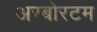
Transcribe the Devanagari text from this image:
अरबोरटम